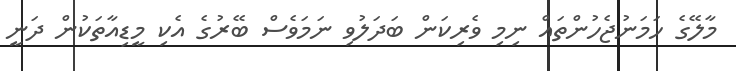
މާލޭގެ ހަމަނުޖެހުންތައް ނިމި ވެރިކަން ބަދަލުވި ނަމަވެސް ބޭރުގެ އެކި މީޑިއާތަކުން ދަނީ